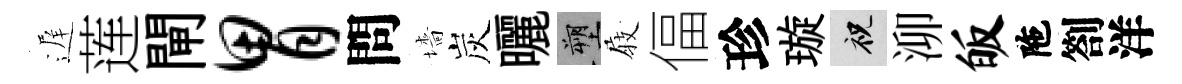
遅莲閘胃問墻炭曬塑𡲆偪珍璇祝泖皈陁劄洋